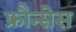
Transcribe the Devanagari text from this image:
फ्रौन्सेस